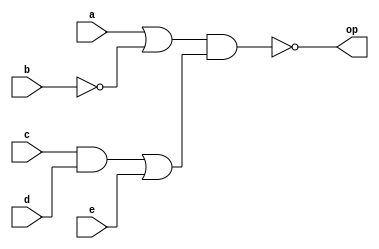
`timescale 1ns / 1ps
//////////////////////////////////////////////////////////////////////////////////
// Company: 
// Engineer: 
// 
// Design Name: 
// Module Name:    f3 
// Project Name: 
// Target Devices: 
// Tool versions: 
// Description: 
//
// Dependencies: 
//
// Revision: 
// Revision 0.01 - File Created
// Additional Comments: 
//
//////////////////////////////////////////////////////////////////////////////////
module f3(
    input a,
    input b,
    input c,
    input d,
    input e,
    output op
    );
	 
assign op = ~((a|~(b))&((c&d)|e));


endmodule